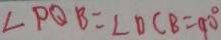
\angle P Q B = \angle D C B = 9 0 ^ { \circ }